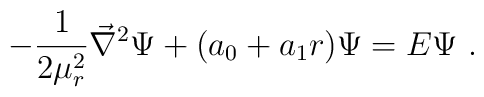
-{1\over {2\mu_r^2}} {\vec \nabla}^2 \Psi + (a_0 + a_1 r) \Psi= E  \Psi \ .